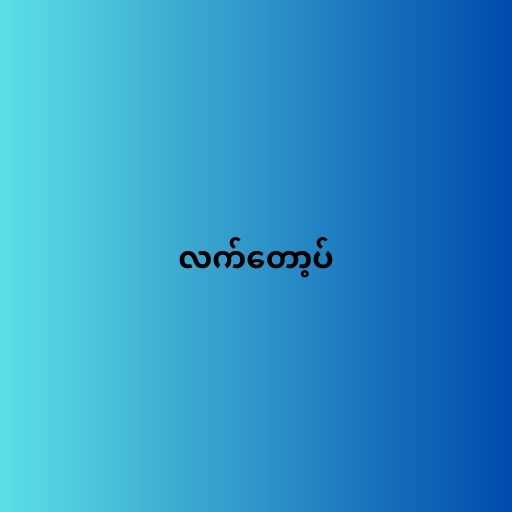
လက်တော့ပ်